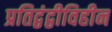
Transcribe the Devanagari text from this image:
प्रतिद्वंद्वीविहीन